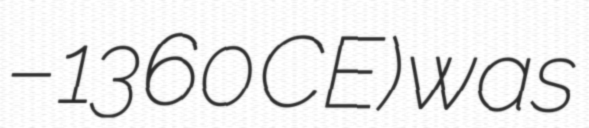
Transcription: – 1360 CE) was